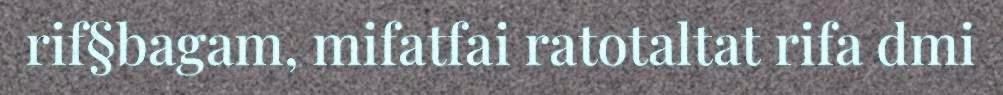
rif§bagam, mifatfai ratotaltat rifa dmi